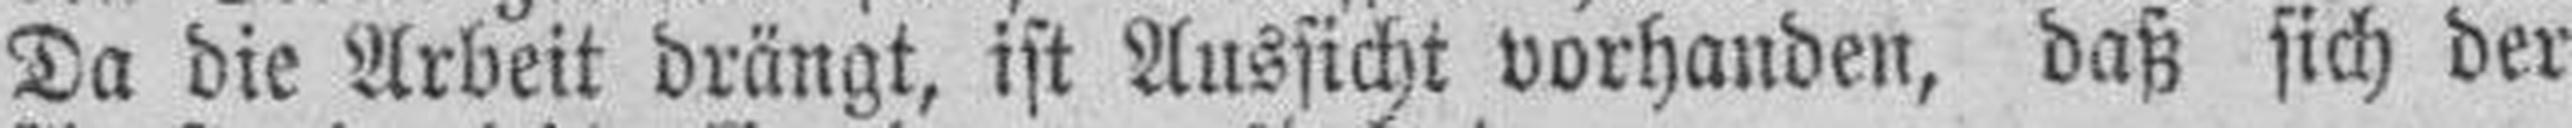
Da die Arbeit drängt, ist Aussicht vorhanden, daß sich der